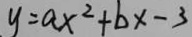
y = a x ^ { 2 } + b x - 3